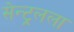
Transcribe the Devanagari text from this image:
सेन्ट्रलला